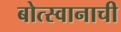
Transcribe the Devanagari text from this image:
बोत्स्वानाची